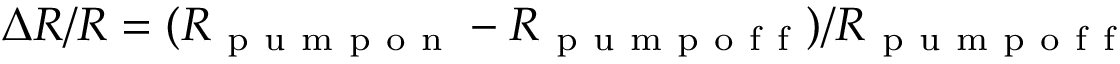
\Delta R / R = ( R _ { \mathrm { ~ p ~ u ~ m ~ p ~ o ~ n ~ } } - R _ { \mathrm { ~ p ~ u ~ m ~ p ~ o ~ f ~ f ~ } } ) / R _ { \mathrm { ~ p ~ u ~ m ~ p ~ o ~ f ~ f ~ } }